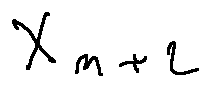
X _ { n + 2 }